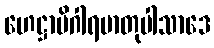
ဟေဋ္ဌာမိဂါရမာတုပါသာဒေ